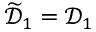
\widetilde { \mathcal { D } } _ { 1 } = \mathcal { D } _ { 1 }